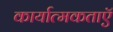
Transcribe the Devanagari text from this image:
कार्यात्मकताऍ